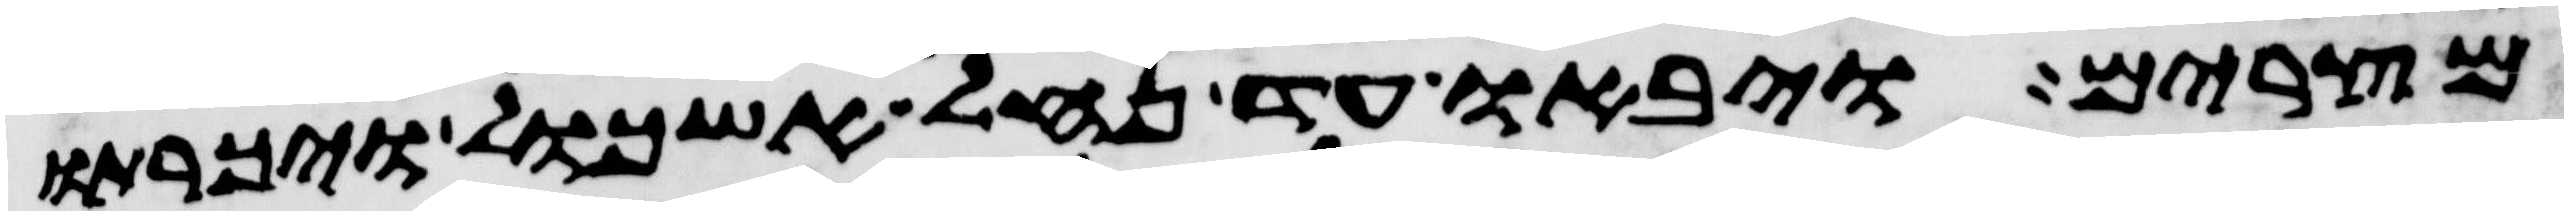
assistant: מצרים ויבאו עד נחל אשכול ויכרתו